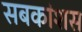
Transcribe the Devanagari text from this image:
सबकांशस